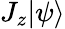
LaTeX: J_{z}|\psi\rangle